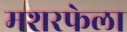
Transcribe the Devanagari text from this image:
मशरफेला